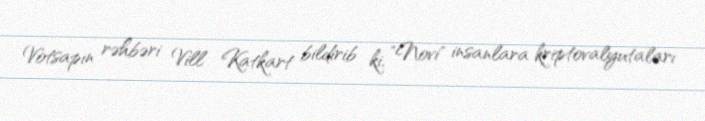
Votsapın rəhbəri Vill Katkart bildirib ki, "Novi" insanlara kriptovalyutaları